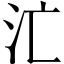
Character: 汒